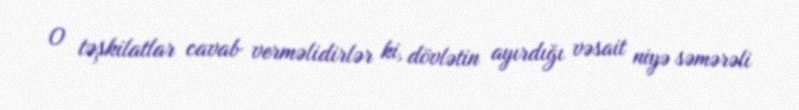
O təşkilatlar cavab verməlidirlər ki, dövlətin ayırdığı vəsait niyə səmərəli